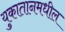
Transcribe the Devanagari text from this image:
युकातानमधील